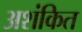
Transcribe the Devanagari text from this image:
अशंकित